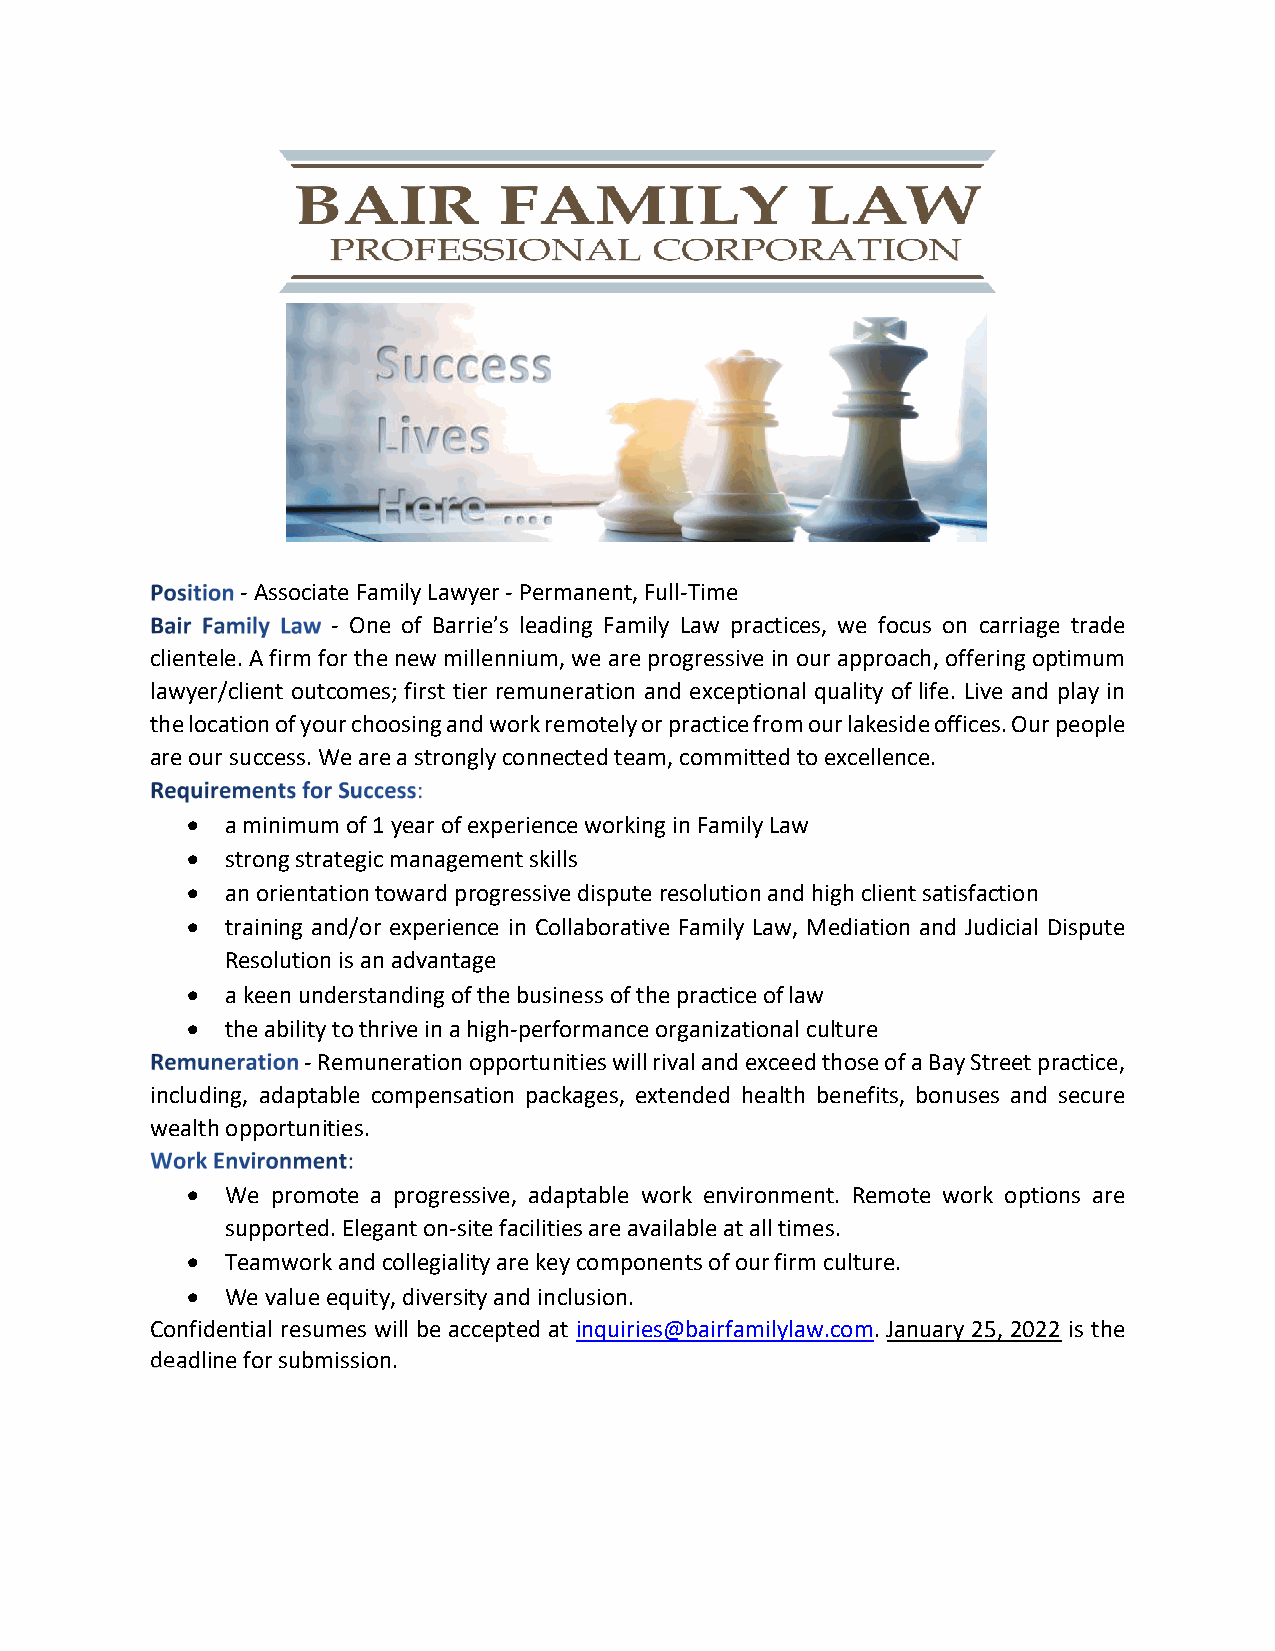
- Associate Family Lawyer - Permanent, Full-Time
 - One of Barrie’s leading Family Law practices, we focus on carriage trade
 clientele. A firm for the new millennium, we are progressive in our approach, offering optimum
 lawyer/client outcomes; first tier remuneration and exceptional quality of life. Live and play in
 the location of your choosing and work remotely or practice from our lakeside offices. Our people
 are our success. We are a strongly connected team, committed to excellence.
   a minimum of 1 year of experience working in Family Law
   strong strategic management skills
   an orientation toward progressive dispute resolution and high client satisfaction
   training and/or experience in Collaborative Family Law, Mediation and Judicial Dispute
 Resolution is an advantage
   a keen understanding of the business of the practice of law
   the ability to thrive in a high-performance organizational culture
 - Remuneration opportunities will rival and exceed those of a Bay Street practice,
 including, adaptable compensation packages, extended health benefits, bonuses and secure
 wealth opportunities.
   We promote a progressive, adaptable work environment. Remote work options are
 supported. Elegant on-site facilities are available at all times.
   Teamwork and collegiality are key components of our firm culture.
   We value equity, diversity and inclusion.
 Confidential resumes will be accepted at inquiries@bairfamilylaw.com. January 25, 2022 is the
 deadline for submission.